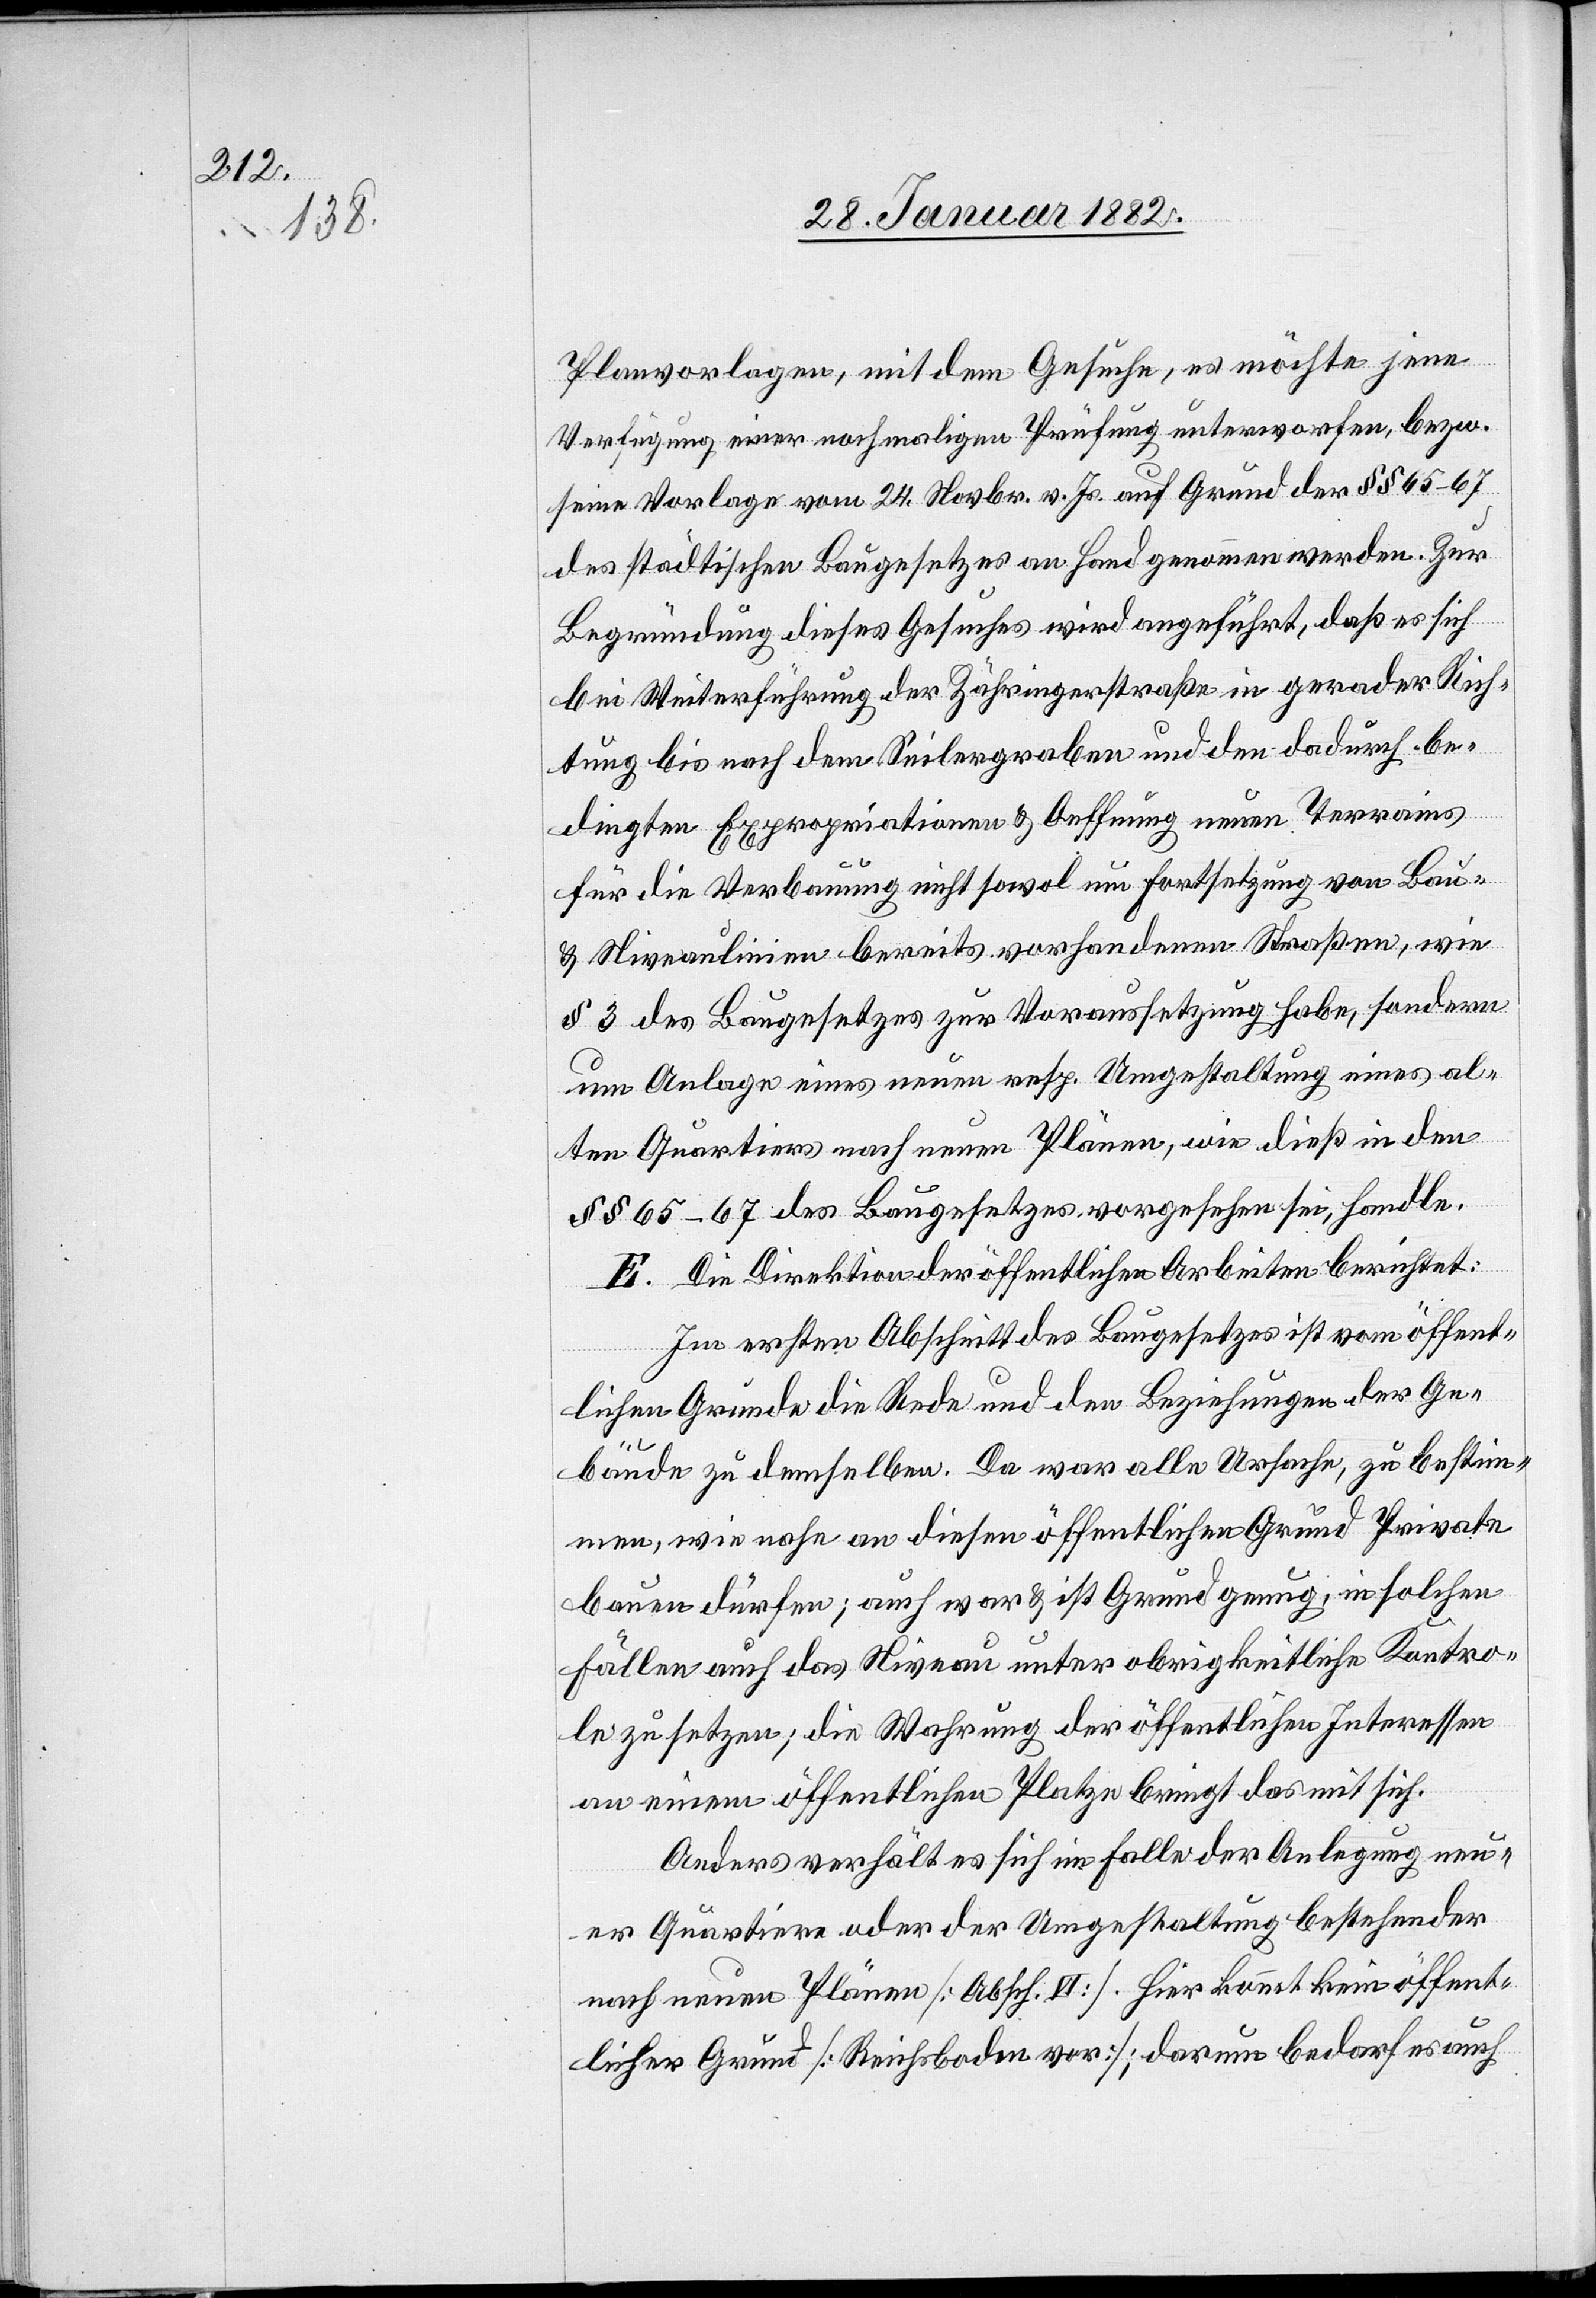
Planvorlagen, mit dem Gesuche, es möchte jene
Verfügung einer nochmaligen Prüfung unterworfen, bzw.
seine Vorlage vom 24. Nobvr. v. Js. auf Grund der §§ 65–67
des städtischen Baugesetzes an Hand genommen werden. Zur
Begründung dieses Gesuches wird angeführt, daß es sich
bei Weiterführung der Zähringerstraße in gerader Rich¬
tung bis nach dem Seilergraben und den dadurch be¬
dingten Expropriationen & Oeffnung neuen Terrains
für die Verbauung nicht sowol um Fortsetzung von Bau-
& Niveaulinien bereits vorhandener Straßen, wie
§ 3 des Baugesetzes zur Voraussetzung habe, sondern
um Anlage eines neuen resp. Umgestaltung eines al¬
ten Quartiers nach neuen Plänen, wie dieß in den
§§ 65–67 des Baugesetzes vorgesehen sei, handle.
E. Die Direktion der öffentlichen Arbeiten berichtet:
Im ersten Abschnitt des Baugesetzes ist vom öffent¬
lichen Grunde die Rede und den Beziehungen der Ge¬
bäude zu denselben. Da war alle Ursache, zu bestim¬
men, wie nahe an diesen öffentlichen Grund Private
bauen dürfen; auch war & ist Grund genug; in solchen
Fällen auch das Niveau unter obrigkeitliche Kontro¬
le zu setzen; die Wahrung der öffentlichen Interessen
an neuen öffentlichen Platze bringt das mit sich.
Anders verhält es sich im Falle der Anlegung neu¬
er Quartiere oder der Umgestaltung bestehender
nach neuen Plänen [Absch. VI]. Hier kommt kein öffent¬
licher Grund [Reichsboden vor]; darum bedarf es auch